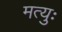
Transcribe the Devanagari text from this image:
मत्युः